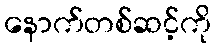
နောက်တစ်ဆင့်ကို